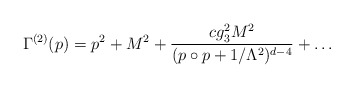
\begin{align*}\Gamma^{(2)}(p) = p^2 + M^2 + {c g_3^2 M^2 \over (p\circ p + 1/\Lambda^2)^{d-4}} + \ldots\end{align*}